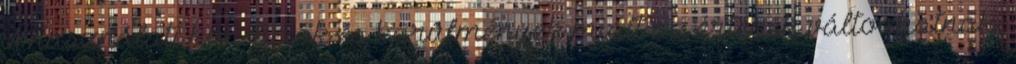
A használati kondíciók és körülmények miatt az értékek változhatnak.